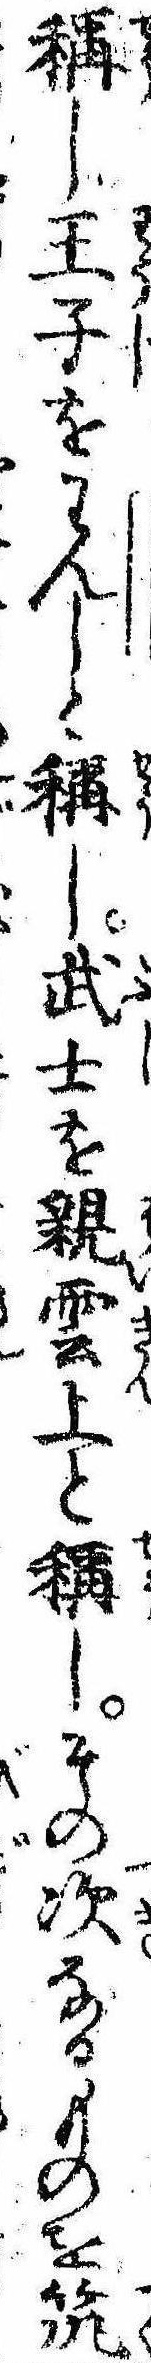
称し王子をわんしと称し武士を親雲上と称しその次なるものを筑